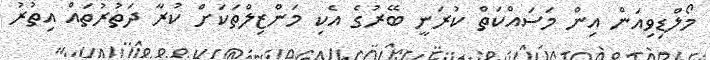
މޯލްޑިވިއަން އިން މަސައްކަތް ކުރަނީ ބޭރުގެ އެކި މަންޒިލްތަކަށް ކުރާ ދަތުރުތައް އިތުރު